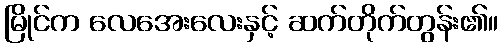
မြိုင်က လေအေးလေးနှင့် ဆက်တိုက်တွန်း၏။